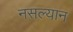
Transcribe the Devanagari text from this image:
नसल्यान